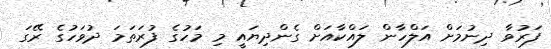
ފަރުވާ ދިނުމަށް އަލްހާން ލައްކާއަށް ގެންދިޔައީ މި މަހުގެ ފުރަތަމަ ދުވަހުގެ ރޭގަ